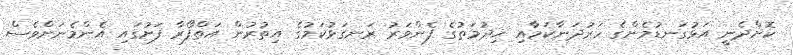
ކޮށްދެނީ އަޅުގަނޑުމެންގެ ހަރުދަނާކަމާއި ޚިދުމަތުގެ ފެންވަރު ރަނގަޅުކަމުގެ އިތުރުން އަތްފޯރާ ފަށުގައި އެންމެނަށްވެސް